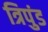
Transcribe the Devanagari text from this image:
त्रिपुंड